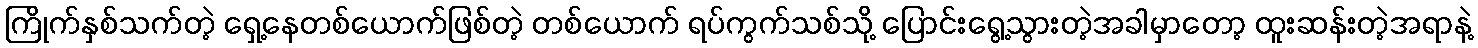
ကြိုက်နှစ်သက်တဲ့ ရှေ့နေတစ်ယောက်ဖြစ်တဲ့ တစ်ယောက် ရပ်ကွက်သစ်သို့ ပြောင်းရွေ့သွားတဲ့အခါမှာတော့ ထူးဆန်းတဲ့အရာနဲ့